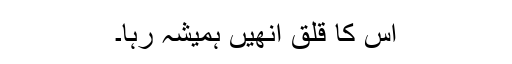
اس کا قلق انھیں ہمیشہ رہا۔